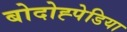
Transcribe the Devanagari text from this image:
बोदोह्पेडिया